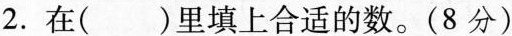
2.在( )里填上合适的数。(8分)